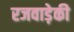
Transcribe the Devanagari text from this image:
रजवाड़ेकी